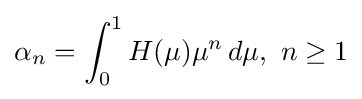
\alpha _{n}=\int _{0}^{1}H(\mu )\mu ^{n}\,d\mu ,\ n\geq 1